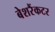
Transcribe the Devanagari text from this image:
बेशरैंकटर